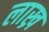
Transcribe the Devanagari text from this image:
लाख्र